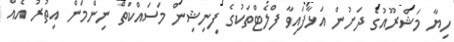
ހިޔާ މަޝްރޫއުގެ ދަށުން އަޅާފައިވާ ފްލެޓްތަކުގެ ފިނިޝިން މަސައްކަތް ނިންމަން އިތުރު އެއް